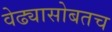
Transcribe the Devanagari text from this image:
वेढ्यासोबतच